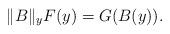
LaTeX: \begin{align*} {\|B\|_y} {F}(y)= {G}(B(y)).\end{align*}